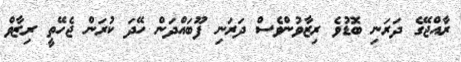
ރާއްޖޭގެ ދަރަނި ބޮޑުވެ ރިޒާވުންވެސް ދަރަނި ފޫބައްދަން ހޭދަ ކުރަން ޖެހޭތީ ރިޒާވް